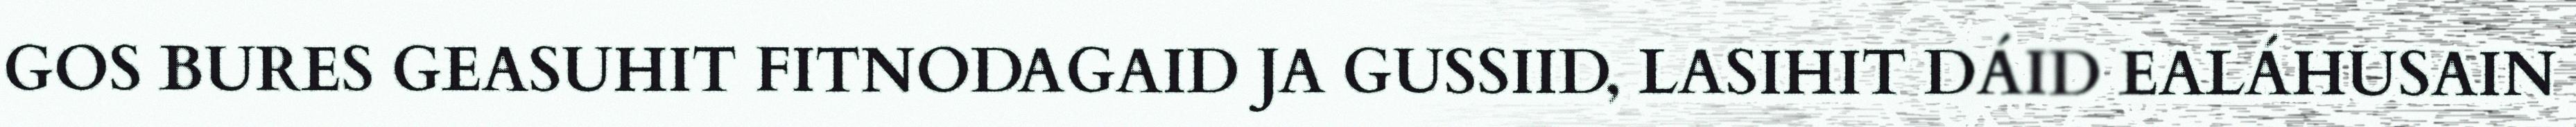
GOS BURES GEASUHIT FITNODAGAID JA GUSSIID, LASIHIT DÁID EALÁHUSAIN